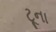
ટૂના